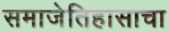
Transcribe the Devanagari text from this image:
समाजेतिहासाचा